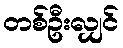
တစ်ဦးလျှင်